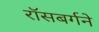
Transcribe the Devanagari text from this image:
रॉसबर्गने